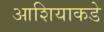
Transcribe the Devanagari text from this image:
आशियाकडे